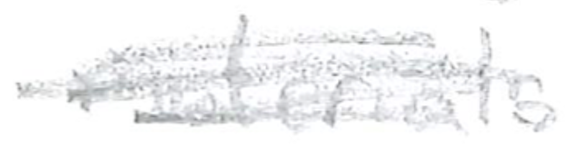
Text: materials
Cross-out: scratch
Writing tool: pencil